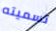
تسميته